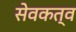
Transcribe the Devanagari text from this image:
सेवकत्व